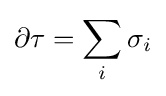
\partial \tau =\sum _{i}\sigma _{i}